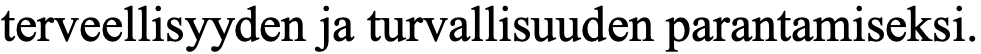
terveellisyyden ja turvallisuuden parantamiseksi.